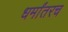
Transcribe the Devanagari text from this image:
धर्मांतरच